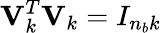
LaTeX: \mathbf{V}_{k}^{T}\mathbf{V}_{k}=I_{n_{b}k}